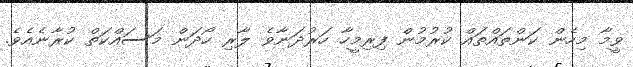
ވީމާ މިހެން ކަންތައްތައް ކުރުމުން ފިރިމީހާ ހަރުދަނާވެ ލާރި ހޯދަން މަސައްކަތް ކުރާނެއެވެ.